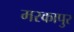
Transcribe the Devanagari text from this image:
मरकापुर